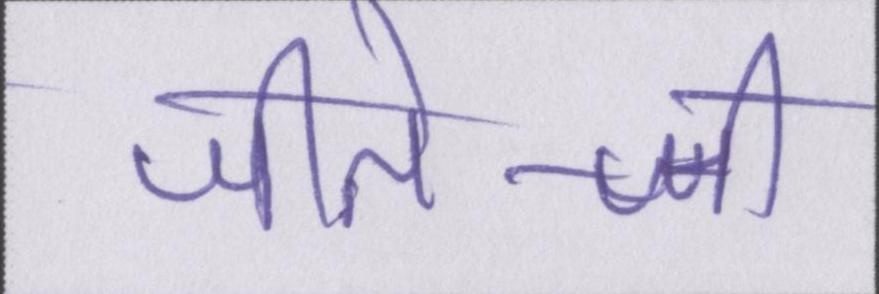
जीते-जी